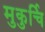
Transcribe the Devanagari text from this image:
मुकुर्चि